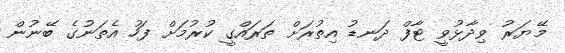
މޭޔަރު ވިދާޅުވީ ޓާފް ދަނޑު އިތުރަށް ތަރައްގީ ކުރުމަށް ފަހު އެތަނުގެ ބޭނުން